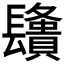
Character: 𨲿